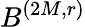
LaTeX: B^{(2M,r)}